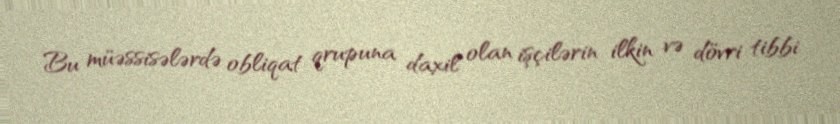
Bu müəssisələrdə obliqat qrupuna daxil olan işçilərin ilkin və dövri tibbi